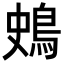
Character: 𪀎